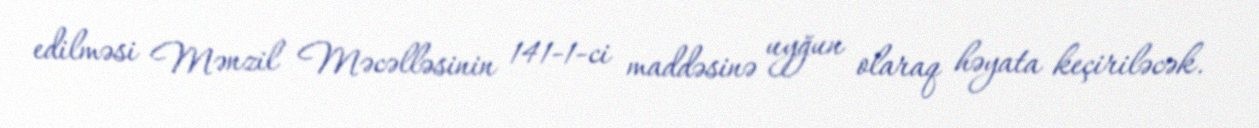
edilməsi Mənzil Məcəlləsinin 141-1-ci maddəsinə uyğun olaraq həyata keçiriləcək.